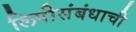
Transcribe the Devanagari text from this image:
लिपीसंबंधाची